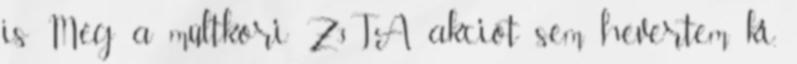
is Még a múltkori Z3TA akciót sem hevertem ki,